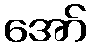
အော်